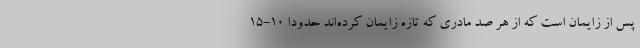
پس از زایمان است که از هر صد مادری که تازه زایمان کرده‌اند حدودا ۱۰-۱۵